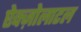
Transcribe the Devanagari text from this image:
ऐक्ज़ोलाटल